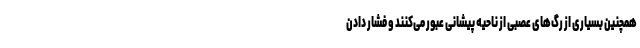
همچنین بسیاری از رگ‌های عصبی از ناحیه پیشانی عبور می‌کنند و فشار دادن